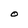
Character: O